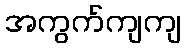
အကွက်ကျကျ